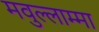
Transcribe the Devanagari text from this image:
मवुल्लाम्मा